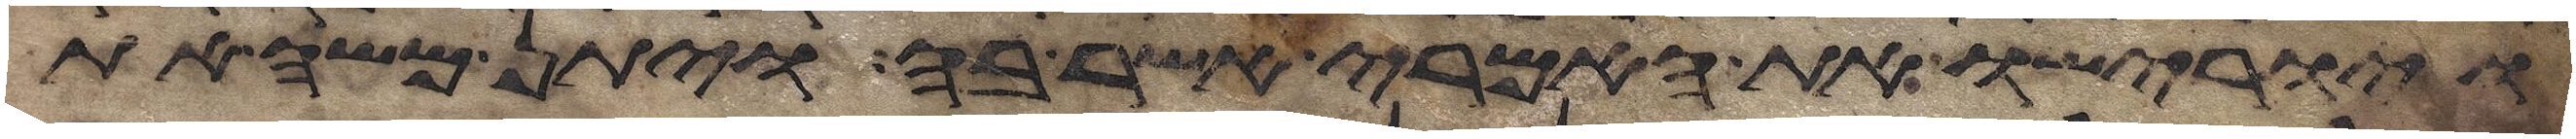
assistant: ויורישו את האמרי אשר בה ויתן משה את